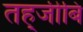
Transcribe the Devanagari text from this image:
तह्जीबि